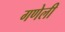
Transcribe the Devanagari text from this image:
गणेली